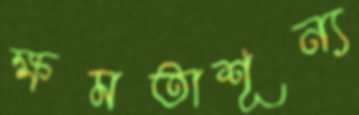
ক্ষমতাশূন্য